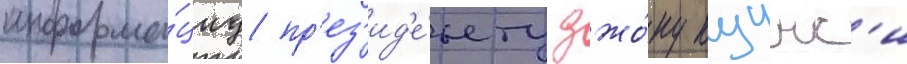
информа́циу пр'ез'ид'е́нту джо́ну куинс'и